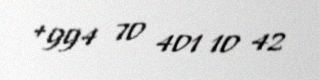
+994 70 401 10 42